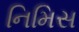
નિમિસ